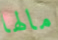
مالها